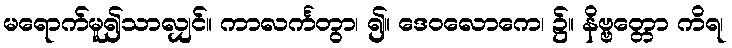
မရောက်မူ၍သာလျှင်။ ကာလင်္ကတွာ၊ ၍။ ဒေဝလောကေ၊ ၌။ နိဗ္ဗတ္တော ကိရ၊